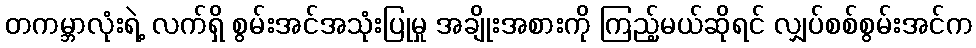
တကမ္ဘာလုံးရဲ့ လက်ရှိ စွမ်းအင်အသုံးပြုမှု အချိုးအစားကို ကြည့်မယ်ဆိုရင် လျှပ်စစ်စွမ်းအင်က